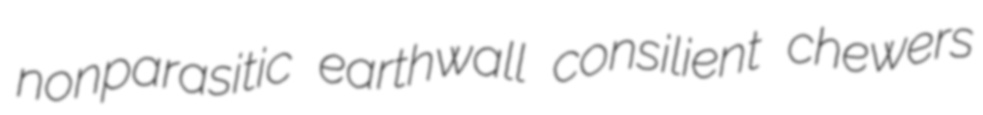
nonparasitic earthwall consilient chewers